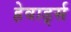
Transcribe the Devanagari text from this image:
हेवार्ड्स